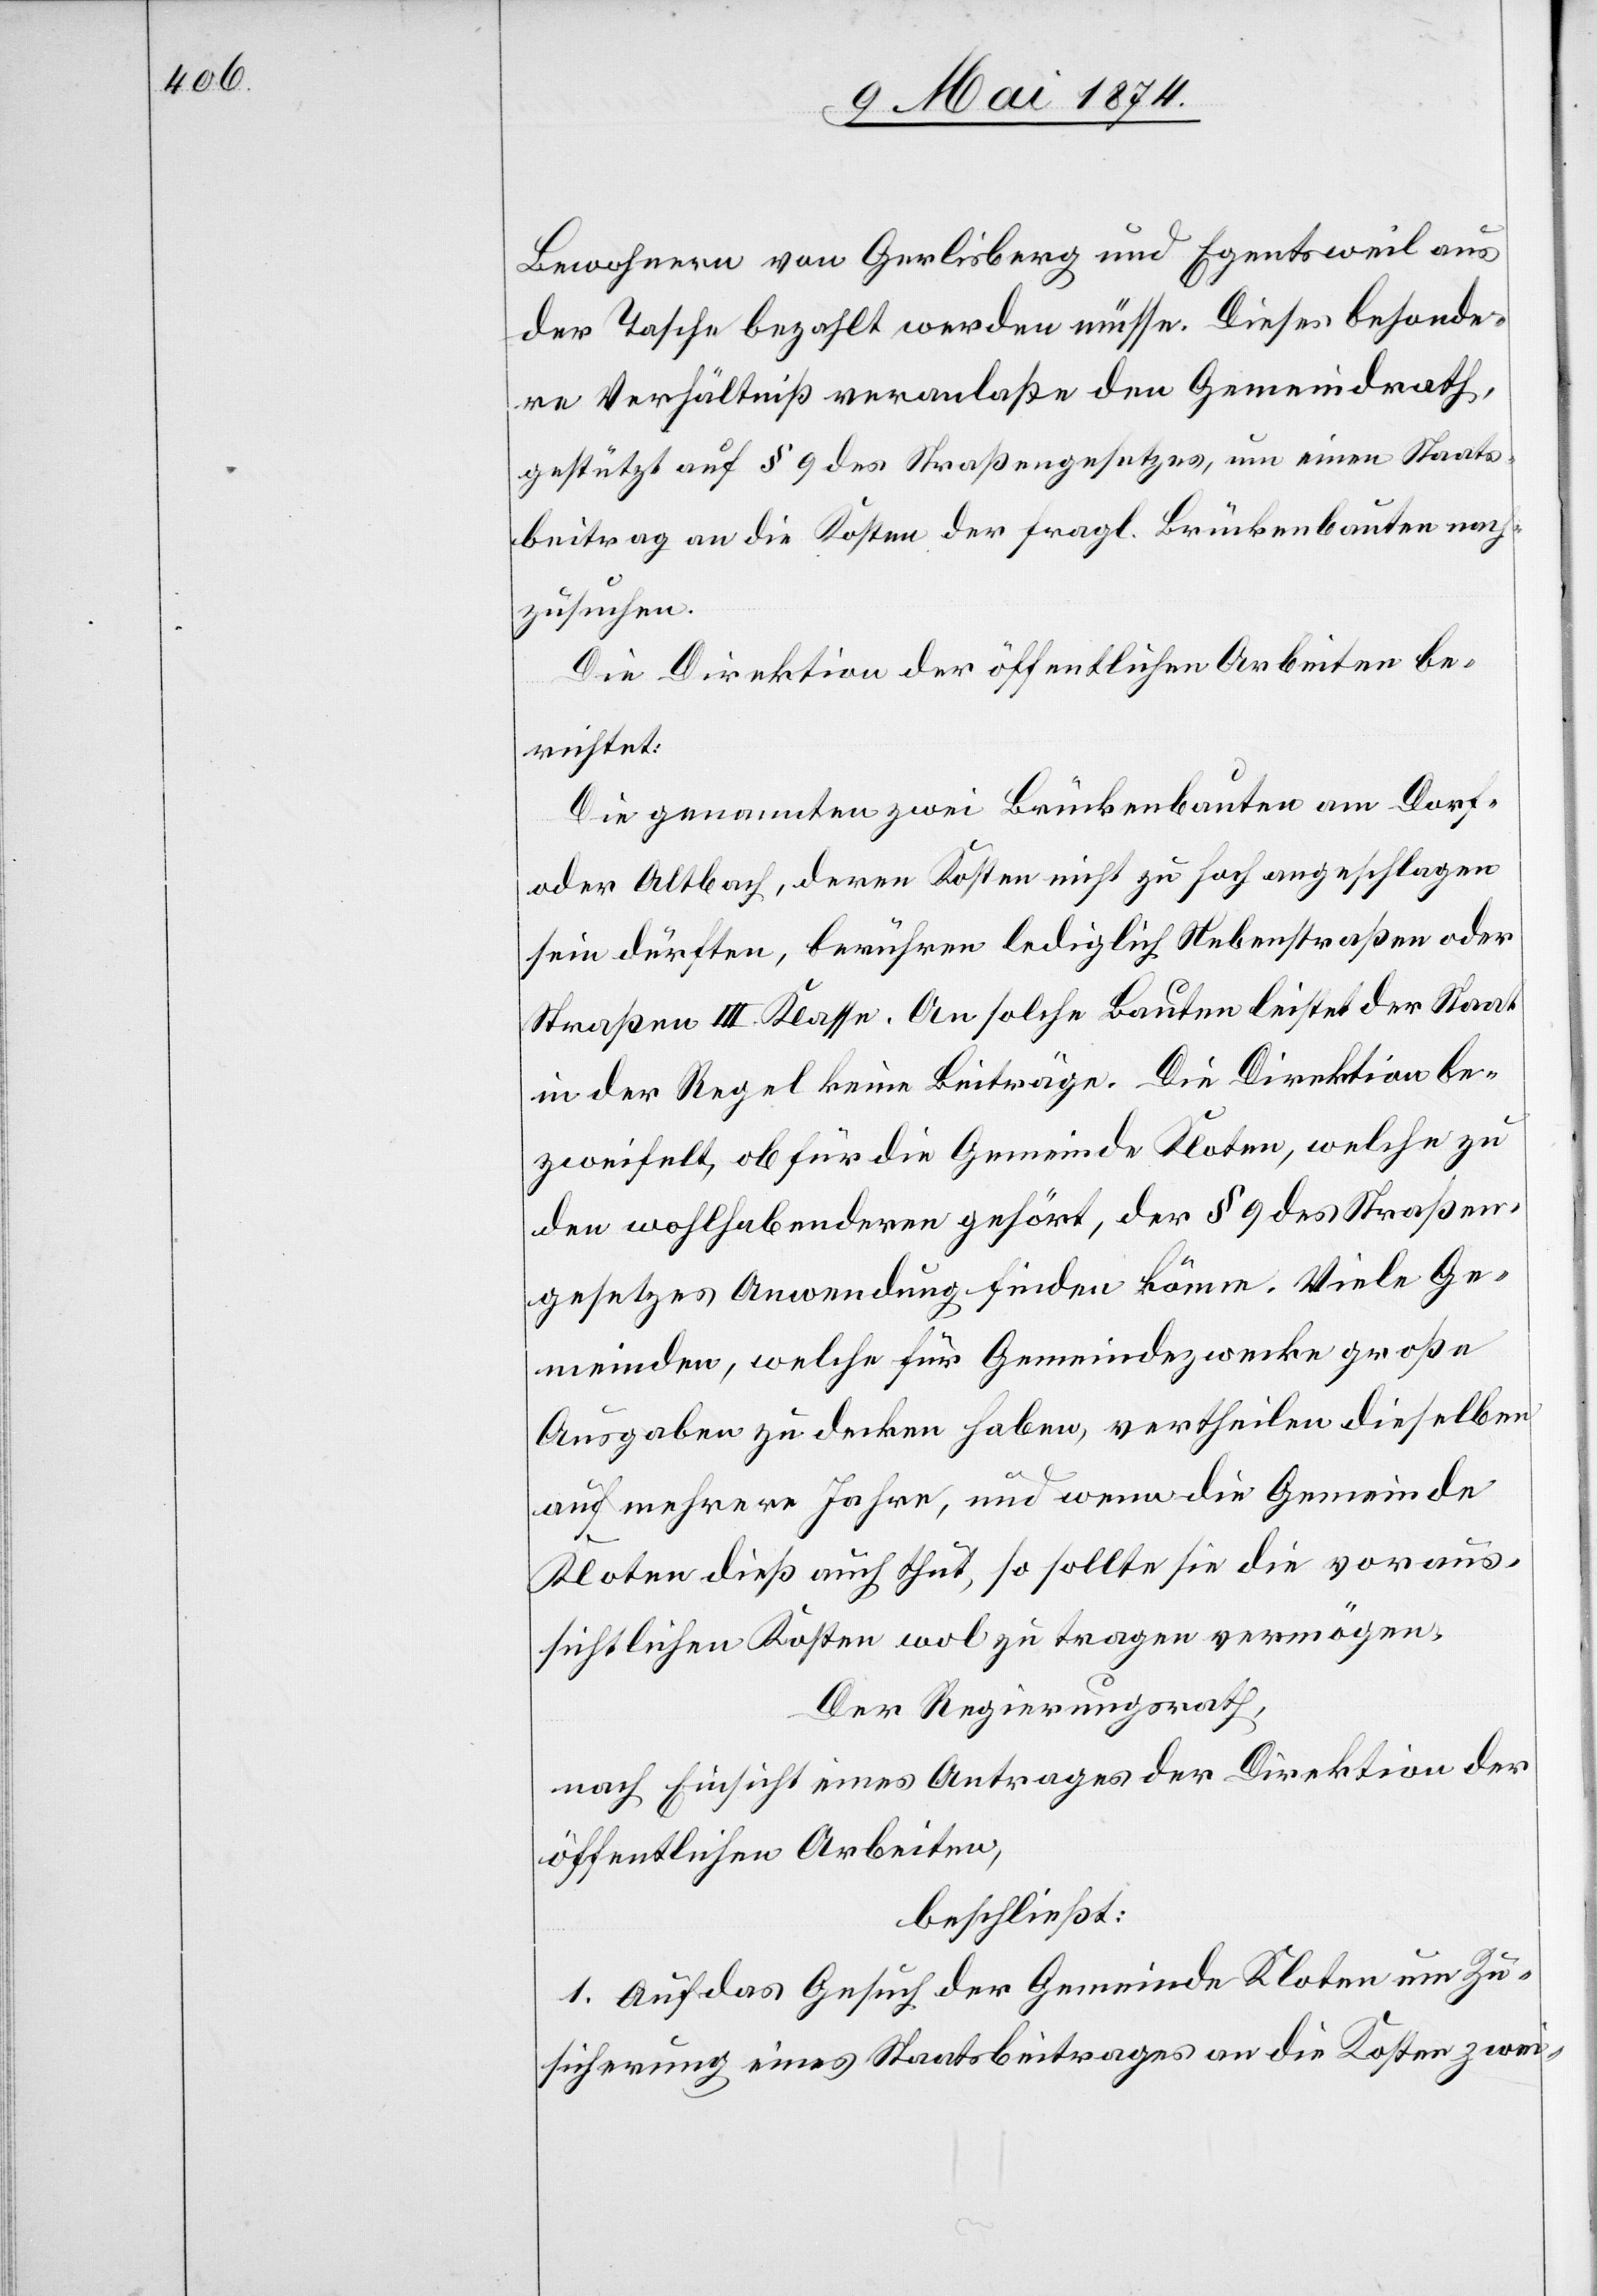
Bewohnern von Gerlisberg und Egentsweil aus
der Tasche bezahlt werden müsse. Dieses besonde¬
re Verhältniß veranlaßte den Gemeindrath,
gestützt auf § 9 des Straßengesetzes, um einen Staats¬
beitrag an die Kosten der fragl. Brückenbauten nach¬
zusuchen.
Die Direktion der öffentlichen Arbeiten be¬
richtet:
Die genannten zwei Brückenbauten am Dorf-
oder Altbach, deren Kosten nicht zu hoch angeschlagen
sein dürften, berühren lediglich Nebenstraßen oder
Straßen III. Klasse. An solche Bauten leistet der Staat
in der Regel keine Beiträge. Die Direktion be¬
zweifelt, ob für die Gemeinde Kloten, welche zu
den wohlhabenderen gehört, der § 9 des Straßen¬
gesetzes Anwendung finden könne. Viele Ge¬
meinden, welche für Gemeindezwecke große
Ausgaben zu decken haben, vertheilen dieselben
auf mehrere Jahre, und wenn die Gemeinde
Kloten dieß auch thut, so sollte sie die voraus¬
sichtlichen Kosten wol zu tragen vermögen.
Der Regierungsrath,
nach Einsicht eines Antrages der Direktion der
öffentlichen Arbeiten,
beschließt:
1. Auf das Gesuch der Gemeinde Kloten um Zu¬
sicherung eines Staatsbeitrages an die Kosten zwei-